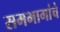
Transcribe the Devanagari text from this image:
समभागांचे